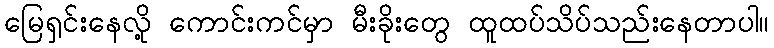
မြေရှင်းနေလို့ ကောင်းကင်မှာ မီးခိုးတွေ ထူထပ်သိပ်သည်းနေတာပါ။